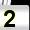
Digit: 2